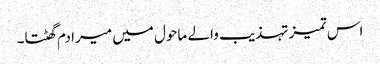
اس تمیز تہذیب والے ماحول میں میرا دم گھٹتا۔